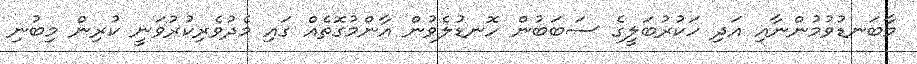
މާބަނޑުވުމުންނާއި އަދި ހަކުރުބަލީގެ ސަބަބުން ހޮނޑުލެވުން އާންމުގޮތެއް ގައި މެދުވެރިކުރުވަނީ ކުރިން މިބުނި